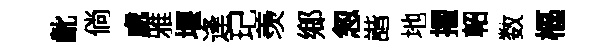
齔倘處雅堰逢玘羡鄉怱諧地擢軺数樞